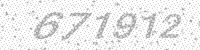
Solution: 671912